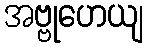
အဗ္ဗုဟေယျ